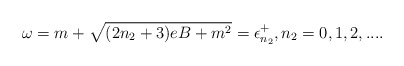
\begin{align*}\omega = m+\sqrt {(2n_2+3)eB+m^2}=\epsilon_{n_2}^{+}, n_2=0,1,2,... .\end{align*}